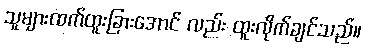
သူများထက်ထူးခြားအောင် လည်း ထူးလိုက်ချင်သည်။